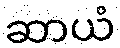
ဆာယံ